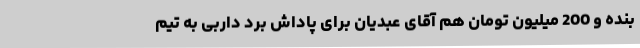
بنده و 200 میلیون تومان هم آقای عبدیان برای پاداش برد داربی به تیم